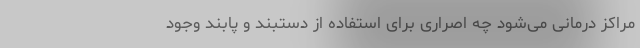
مراکز درمانی می‌شود چه اصراری برای استفاده از دستبند و پابند وجود